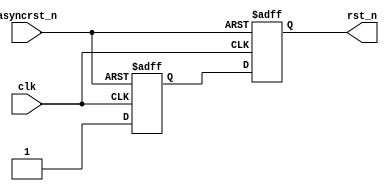
// http://www.sunburst-design.com/papers/CummingsSNUG2003Boston_Resets.pdf
//

module reset_sync (
  output 		rst_n,
  input      clk, asyncrst_n
);

  reg        rff1;
  reg				rst;
  always @(posedge clk or negedge asyncrst_n)
    if (!asyncrst_n) {rst,rff1} <= 2'b0;
    else             {rst,rff1} <= {rff1,1'b1};

	 assign rst_n = rst;
endmodule